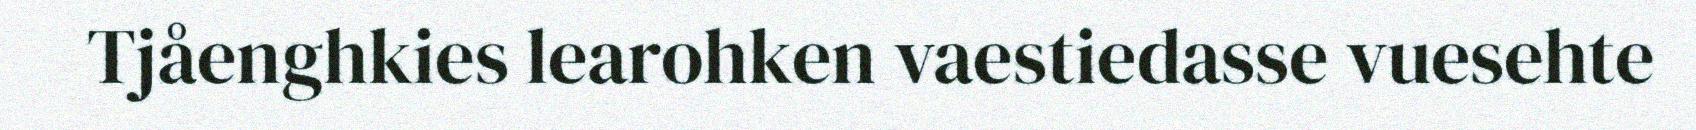
Tjåenghkies learohken vaestiedasse vuesehte